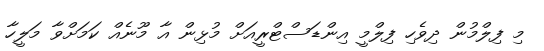
މި ފިލްމުން ދިވެހި ފިލްމީ އިންޑަސްޓްރީއަށް މުޅިން އާ މޫނެއް ކަމަށްވާ މަލީހާ